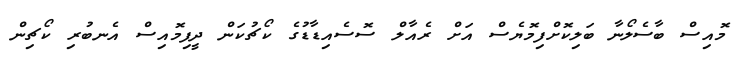
މޮއިސް ބާސެލޯނާ ބަލިކޮށްފިމޮޔެސް އަށް ރެއާލް ސޮސެއިޑާޑުގެ ކޯޗުކަން ދީފިމޮއިސް އެނބުރި ކޯޗިން